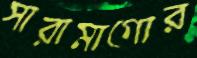
সারামাগোর